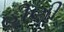
હીણી